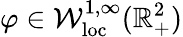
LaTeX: \varphi\in\mathcal{W}_{\mathrm{{loc}}}^{1,\infty}(\mathbb{{R}}_{+}^{2})